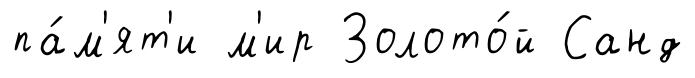
па́м'ят'и м'ир Золото́й Санд